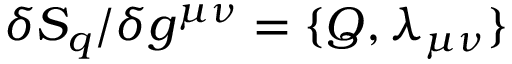
\delta S _ { q } / \delta g ^ { \mu \nu } = \{ Q , \lambda _ { \mu \nu } \}